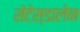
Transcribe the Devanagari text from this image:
सेटेस्डालेन